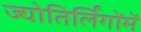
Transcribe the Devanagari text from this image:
ज्योतिर्लिंगोंमें